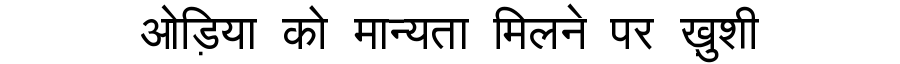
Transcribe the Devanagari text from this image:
ओड़िया को मान्यता मिलने पर ख़ुशी